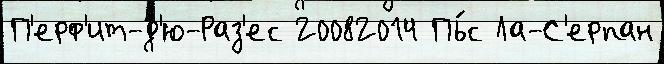
П'ерф'ит-д'ю-Раз'ес 20082014 Пь́с Ла-С'ерпан